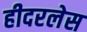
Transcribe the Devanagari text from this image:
हीदरलेस